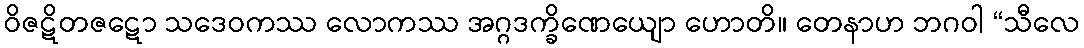
ဝိဇဋိတဇဋော သဒေဝကဿ လောကဿ အဂ္ဂဒက္ခိဏေယျော ဟောတိ။ တေနာဟ ဘဂဝါ “သီလေ